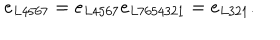
e _ { L 4 5 6 7 } = e _ { L 4 5 6 7 } e _ { L 7 6 5 4 3 2 1 } = e _ { L 3 2 1 } . \nonumber